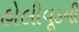
હોલીવૂડની